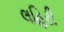
લહિરી